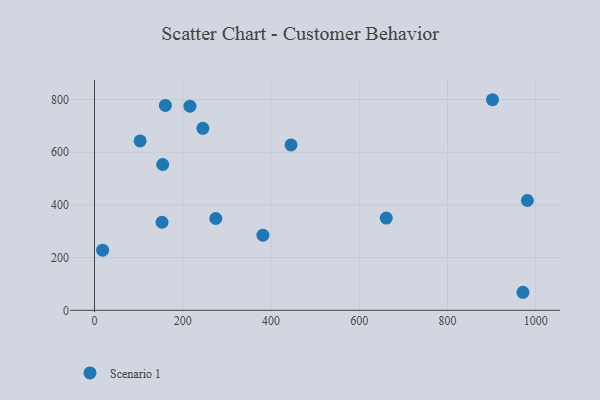
{"axis": {"x": "Engine Size", "y": "Fuel Efficiency"}, "legend": ["Scenario 1"], "data": [{"x": "216.3", "y": 774.8, "type": "Scenario 1"}, {"x": "160.6", "y": 777.7, "type": "Scenario 1"}, {"x": "981.0", "y": 416.8, "type": "Scenario 1"}, {"x": "245.5", "y": 690.6, "type": "Scenario 1"}, {"x": "971.0", "y": 68.5, "type": "Scenario 1"}, {"x": "381.7", "y": 285.2, "type": "Scenario 1"}, {"x": "901.9", "y": 799.3, "type": "Scenario 1"}, {"x": "154.6", "y": 553.4, "type": "Scenario 1"}, {"x": "153.0", "y": 334.2, "type": "Scenario 1"}, {"x": "274.9", "y": 348.5, "type": "Scenario 1"}, {"x": "18.4", "y": 228.4, "type": "Scenario 1"}, {"x": "103.4", "y": 642.9, "type": "Scenario 1"}, {"x": "661.2", "y": 350.2, "type": "Scenario 1"}, {"x": "445.3", "y": 627.6, "type": "Scenario 1"}]}